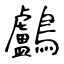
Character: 鸕